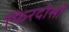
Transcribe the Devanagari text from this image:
फिरदोसी